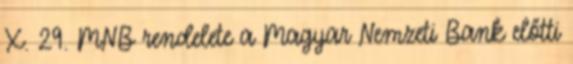
X. 29. MNB rendelete a Magyar Nemzeti Bank előtti